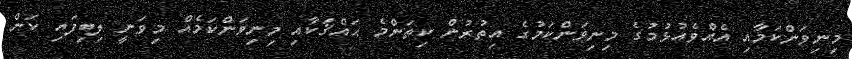
މިނިވަންކަމާއި އެއްވެއުޅުމުގެ މިނިވަންކަމުގެ އިތުރުން ކިތަންމެ ޙައްޤަކާއި މިނިވަންކަމެއް މިވަނީ ލިބިފައި ކަން